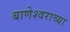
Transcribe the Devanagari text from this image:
बाणेश्वराच्या